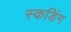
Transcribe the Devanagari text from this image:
स्कडिंग